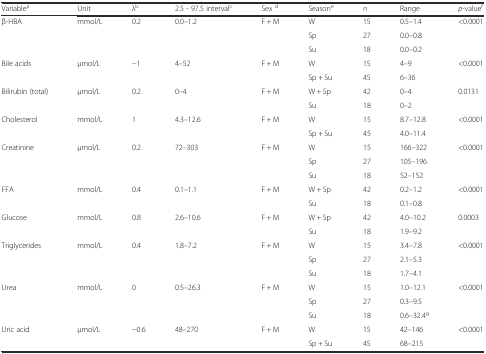
<table><thead><tr><td><b>Variable<sup>a</sup></b></td><td><b>Unit</b></td><td><b>λ<sup>b</sup></b></td><td><b>2.5 - 97.5 interval<sup>c</sup></b></td><td><b>Sex <sup>d</sup></b></td><td><b>Season<sup>e</sup></b></td><td><b><i>n</i></b></td><td><b>Range</b></td><td><b><i>p</i>-value<sup>f</sup></b></td></tr></thead><tbody><tr><td rowspan="3">β-HBA</td><td rowspan="3">mmol/L</td><td rowspan="3">0.2</td><td rowspan="3">0.0–1.2</td><td rowspan="3">F + M</td><td>W</td><td>15</td><td>0.5–1.4</td><td rowspan="3">&lt;0.0001</td></tr><tr><td>Sp</td><td>27</td><td>0.0–0.8</td></tr><tr><td>Su</td><td>18</td><td>0.0–0.2</td></tr><tr><td rowspan="2">Bile acids</td><td rowspan="2">μmol/L</td><td rowspan="2">−1</td><td rowspan="2">4–52</td><td rowspan="2">F + M</td><td>W</td><td>15</td><td>4–9</td><td rowspan="2">&lt;0.0001</td></tr><tr><td>Sp + Su</td><td>45</td><td>6–36</td></tr><tr><td rowspan="2">Bilirubin (total)</td><td rowspan="2">μmol/L</td><td rowspan="2">0.2</td><td rowspan="2">0–4</td><td rowspan="2">F + M</td><td>W + Sp</td><td>42</td><td>0–4</td><td rowspan="2">0.0131</td></tr><tr><td>Su</td><td>18</td><td>0–2</td></tr><tr><td rowspan="2">Cholesterol</td><td rowspan="2">mmol/L</td><td rowspan="2">1</td><td rowspan="2">4.3–12.6</td><td rowspan="2">F + M</td><td>W</td><td>15</td><td>8.7–12.8</td><td rowspan="2">&lt;0.0001</td></tr><tr><td>Sp + Su</td><td>45</td><td>4.0–11.4</td></tr><tr><td rowspan="3">Creatinine</td><td rowspan="3">μmol/L</td><td rowspan="3">0.2</td><td rowspan="3">72–303</td><td rowspan="3">F + M</td><td>W</td><td>15</td><td>166–322</td><td rowspan="3">&lt;0.0001</td></tr><tr><td>Sp</td><td>27</td><td>105–196</td></tr><tr><td>Su</td><td>18</td><td>52–152</td></tr><tr><td rowspan="2">FFA</td><td rowspan="2">mmol/L</td><td rowspan="2">0.4</td><td rowspan="2">0.1–1.1</td><td rowspan="2">F + M</td><td>W + Sp</td><td>42</td><td>0.2–1.2</td><td rowspan="2">&lt;0.0001</td></tr><tr><td>Su</td><td>18</td><td>0.1–0.8</td></tr><tr><td rowspan="2">Glucose</td><td rowspan="2">mmol/L</td><td rowspan="2">0.8</td><td rowspan="2">2.6–10.6</td><td rowspan="2">F + M</td><td>W + Sp</td><td>42</td><td>4.0–10.2</td><td rowspan="2">0.0003</td></tr><tr><td>Su</td><td>18</td><td>1.9–9.2</td></tr><tr><td rowspan="3">Triglycerides</td><td rowspan="3">mmol/L</td><td rowspan="3">0.4</td><td rowspan="3">1.8–7.2</td><td rowspan="3">F + M</td><td>W</td><td>15</td><td>3.4–7.8</td><td rowspan="3">&lt;0.0001</td></tr><tr><td>Sp</td><td>27</td><td>2.1–5.3</td></tr><tr><td>Su</td><td>18</td><td>1.7–4.1</td></tr><tr><td rowspan="3">Urea</td><td rowspan="3">mmol/L</td><td rowspan="3">0</td><td rowspan="3">0.5–26.3</td><td rowspan="3">F + M</td><td>W</td><td>15</td><td>1.0–12.1</td><td rowspan="3">&lt;0.0001</td></tr><tr><td>Sp</td><td>27</td><td>0.3–9.5</td></tr><tr><td>Su</td><td>18</td><td>0.6–32.4<sup>g</sup></td></tr><tr><td rowspan="2">Uric acid</td><td rowspan="2">μmol/L</td><td rowspan="2">−0.6</td><td rowspan="2">48–270</td><td rowspan="2">F + M</td><td>W</td><td>15</td><td>42–146</td><td rowspan="2">&lt;0.0001</td></tr><tr><td>Sp + Su</td><td>45</td><td>68–215</td></tr></tbody></table>